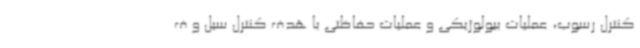
کنترل رسوب، عملیات بیولوژیکی و عملیات حفاظتی با هدف کنترل سیل و ف